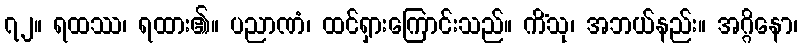
၇၂။ ရထဿ၊ ရထား၏။ ပညာဏံ၊ ထင်ရှားကြောင်းသည်။ ကိံသု၊ အဘယ်နည်း။ အဂ္ဂိနော၊